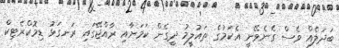
ބަދަލެއް ވެސް ގެނެވޭނީ އެކަމުގެ ތައުލީމު ދީގެން ކަމަށާއި ރާއްޖޭގައި ރަނގަޅު ޑިމޮކްރެޓިކް